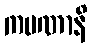
ကပဏာနိ